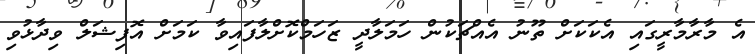
އެ މާރާމާރީގައި އެކަކަށް ތޫނު އެއްޗަކުން ހަމަލާދީ ޒަހަމްކޮށްލާފައިވާ ކަމަށް އޮފިޝަލް ވިދާޅުވި